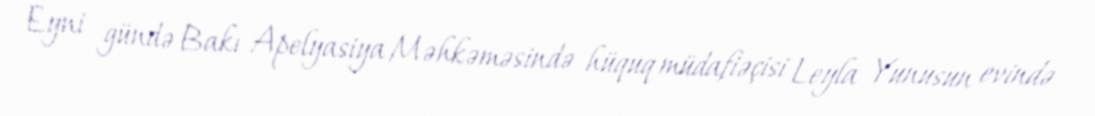
Eyni gündə Bakı Apelyasiya Məhkəməsində hüquq müdafiəçisi Leyla Yunusun evində